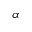
\alpha